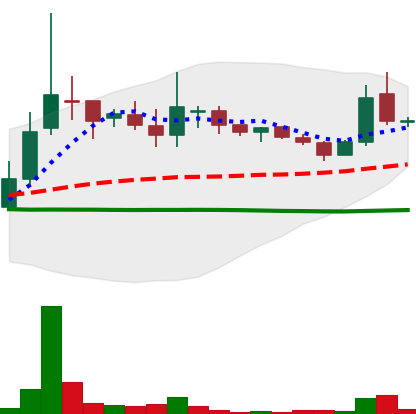
Ticker: LINK-USD
Chart end date: 2018-10-07
Forward return: -7.807%
Label: down_7plus